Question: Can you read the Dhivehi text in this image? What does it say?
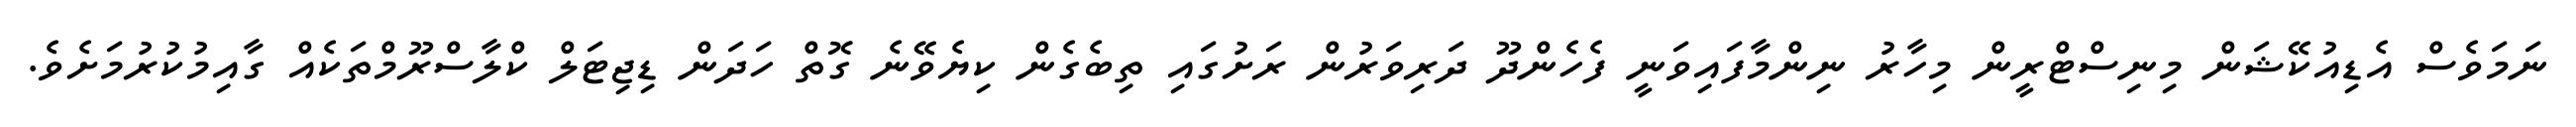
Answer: ނަމަވެސް އެޑިއުކޭޝަން މިނިސްޓްރީން މިހާރު ނިންމާފައިވަނީ ފެހެންދޫ ދަރިވަރުން ރަށުގައި ތިބެގެން ކިޔެވޭނެ ގޮތް ހަދަން ޑިޖިޓަލް ކްލާސްރޫމްތަކެއް ގާއިމުކުރުމަށެވެ.